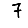
Digit: 7